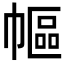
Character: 𢄠